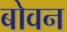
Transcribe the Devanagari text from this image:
बोवन